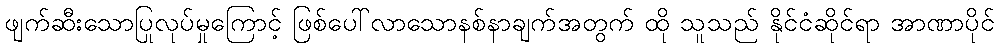
ဖျက်ဆီးသောပြုလုပ်မှုကြောင့် ဖြစ်ပေါ်လာသောနစ်နာချက်အတွက် ထို သူသည် နိုင်ငံဆိုင်ရာ အာဏာပိုင်